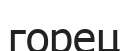
горец